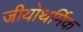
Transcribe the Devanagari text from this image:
जीयोथर्मिक